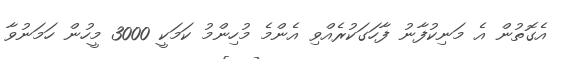
އެގޮތުން އެ މަނިކުފާނު ފާހަގަކުރެއްވި އެންމެ މުހިންމު ކަމަކީ 3000 މީހުން ހަމަނުވާ